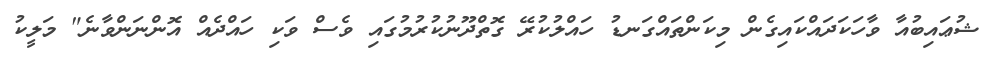
ޝުޢައިބުއާ ވާހަކަދައްކައިގެން މިކަންތައްގަނޑު ހައްލުކުރޭ ގޮތްދޫނުކުރުމުގައި ވެސް ވަކި ހައްދެއް އޮންނަންވާނެ" މަލީކު